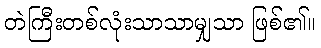
တဲကြီးတစ်လုံးသာသာမျှသာ ဖြစ်၏။